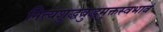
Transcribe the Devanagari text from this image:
नित्यशुद्धबुद्धमुक्तस्वभावं